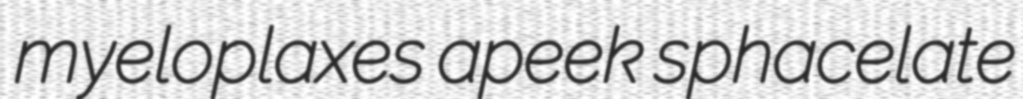
myeloplaxes apeek sphacelate